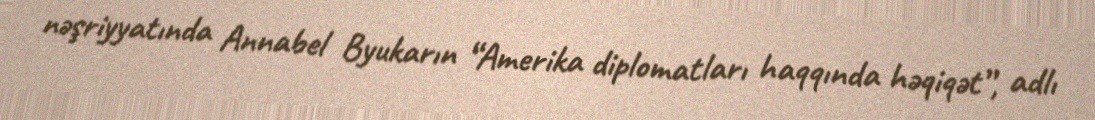
nəşriyyatında Annabel Byukarın “Amerika diplomatları haqqında həqiqət”, adlı